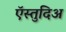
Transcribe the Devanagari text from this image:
ऍस्तुदिअ